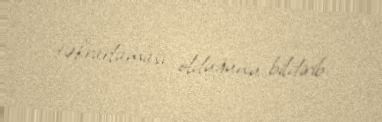
təkrarlaması olduğunu bildirib.